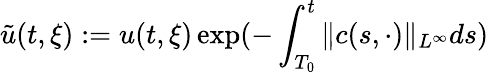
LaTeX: \tilde{u}(t,\xi):=u(t,\xi)\exp(-\int_{T_{0}}^{t}\| c(s,\cdot)\| _{L^{\infty}}ds)